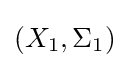
(X_{1},\Sigma _{1})